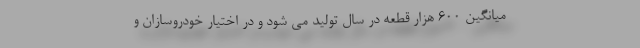
میانگین 600 هزار قطعه در سال تولید می شود و در اختیار خودروسازان و